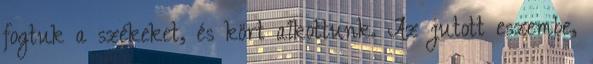
fogtuk a székeket, és kört alkottunk. Az jutott eszembe,